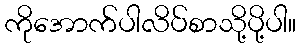
ကိုအောက်ပါလိပ်စာသို့ပို့ပါ။